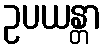
ဥပယန္တာ